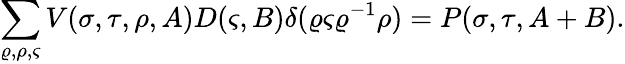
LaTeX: \sum_{\varrho,\rho,\varsigma}V(\sigma,\tau,\rho,A)D(\varsigma,B)\delta(\varrho\varsigma\varrho^{-1}\rho)=P(\sigma,\tau,A+B).